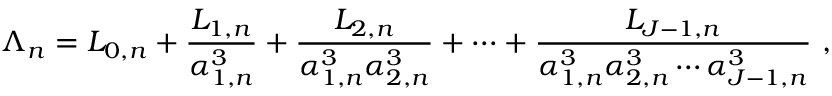
\Lambda _ { n } = L _ { 0 , n } + \frac { L _ { 1 , n } } { \alpha _ { 1 , n } ^ { 3 } } + \frac { L _ { 2 , n } } { \alpha _ { 1 , n } ^ { 3 } \alpha _ { 2 , n } ^ { 3 } } + \cdots + \frac { L _ { J - 1 , n } } { \alpha _ { 1 , n } ^ { 3 } \alpha _ { 2 , n } ^ { 3 } \cdots \alpha _ { J - 1 , n } ^ { 3 } } ~ ,